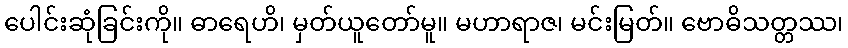
ပေါင်းဆုံခြင်းကို။ ဓာရေဟိ၊ မှတ်ယူတော်မူ။ မဟာရာဇ၊ မင်းမြတ်။ ဗောဓိသတ္တဿ၊